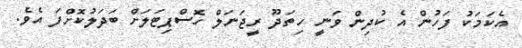
އެކަމަކު ފަހުން އެ ކުދިން ވަނީ ހިތަދޫ ރީޖަނަލް ހޮސްޕިޓަލަށް ބަދަލުކޮށްފަ އެވެ.